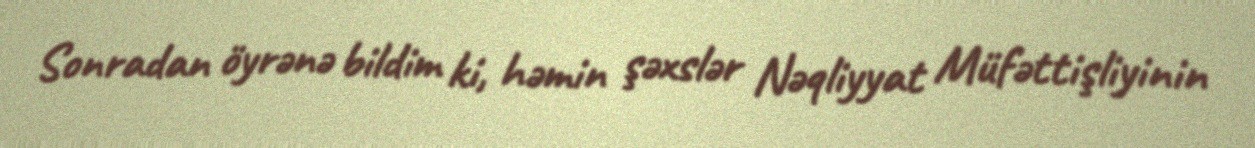
Sonradan öyrənə bildim ki, həmin şəxslər Nəqliyyat Müfəttişliyinin